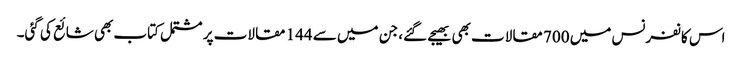
اس کانفرنس میں 700 مقالات بھی بھیجے گئے، جن میں سے 144 مقالات پر مشتمل کتاب بھی شائع کی گئی۔